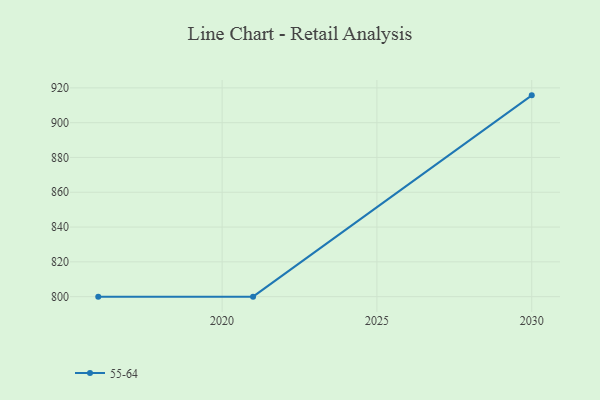
{"axis": {"x": "Year", "y": "Temperature (°C)"}, "legend": ["55-64"], "data": [{"x": "2030", "y": 915.7, "type": "55-64"}, {"x": "2021", "y": 800, "type": "55-64"}, {"x": "2016", "y": 800, "type": "55-64"}]}